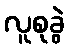
လူစုခွဲ